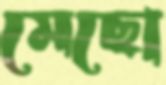
মেছো